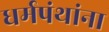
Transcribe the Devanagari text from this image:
धर्मपंथांना